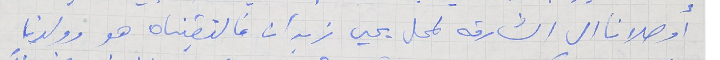
أوصلانا الى الشارقة لمحل يحيى زيدان فالتقيناه هو وولدنا